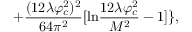
+ \frac { ( 1 2 \lambda \varphi _ { c } ^ { 2 } ) ^ { 2 } } { 6 4 \pi ^ { 2 } } [ \mathrm { l n } \frac { 1 2 \lambda \varphi _ { c } ^ { 2 } } { M ^ { 2 } } - 1 ] \} ,